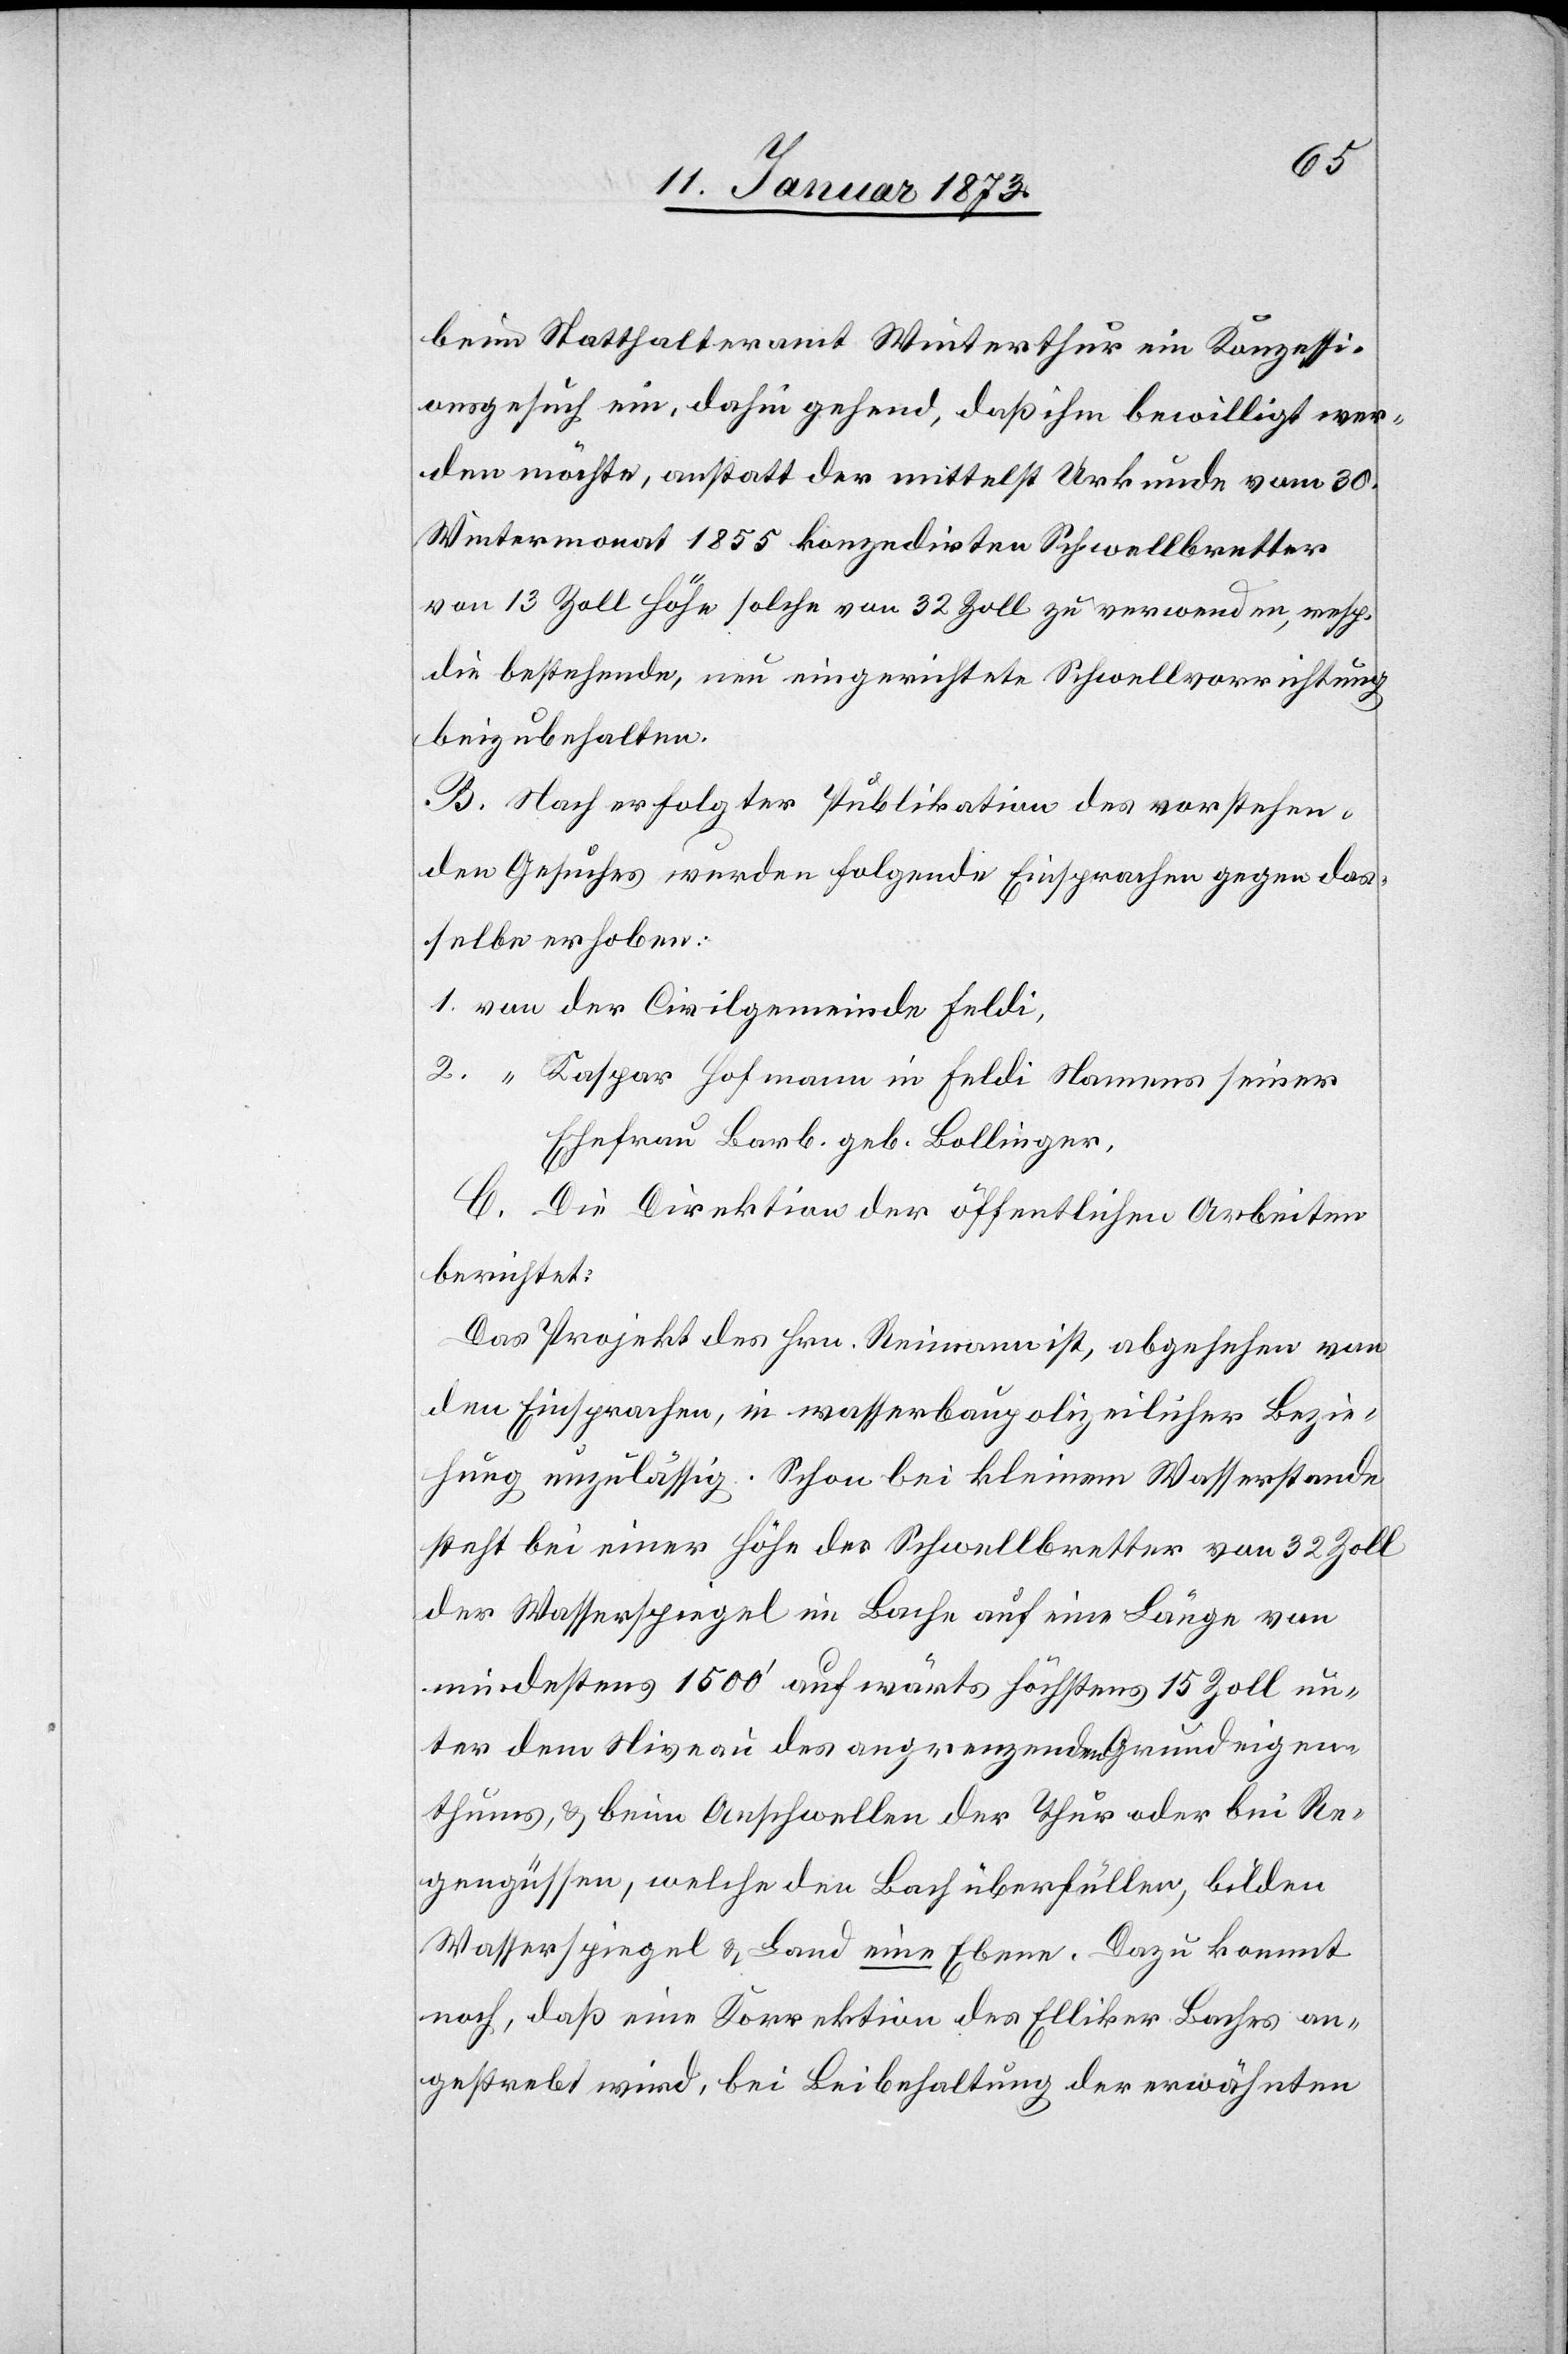
beim Statthalteramt Winterthur ein Konzessi¬
onsgesuch ein, dahingehend, daß ihm bewilligt wer¬
den möchte, anstatt der mittelst Urkunde vom 30.
Wintermonat 1855 konzedirten Schwellbretter
von 13 Zoll Höhe solche von 32 Zoll zu verwenden, resp.
die bestehende, neueingerichtete Schwellvorrichtung
beizubehalten.
B. Nach erfolgter Publikation des vorstehen¬
den Gesuches wurden folgende Einsprachen gegen das¬
selbe erhoben:
1. von der Civilgemeinde Feldi,
2. “ Kaspar Hofmann in Feldi Namens seiner
Ehefrau Barb. geb. Bollinger.
C. Die Direktion der öffentlichen Arbeiten
berichtet:
Das Projekt des Hrn. Reimann ist, abgesehen von
den Einsprachen, in wasserbaupolizeilicher Bezie¬
hung unzulässig. Schon bei kleinem Wasserstande
steht bei einer Höhe der Schwellbretter von 32 Zoll
der Wasserspiegel im Bache auf eine Länge von
mindestens 1500’ aufwärts höchstens 15 Zoll un¬
ter dem Niveau des angrenzenden Grundeigen¬
thums, & beim Anschwellen der Thur oder bei Re¬
gengüssen, welche den Bach überfüllen, bilden
Wasserspiegel & Land eine Ebene. Dazu kommt
noch, daß eine Korrektion des Elliker Baches an¬
gestrebt wird, bei Beibehaltung der erwähnten